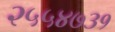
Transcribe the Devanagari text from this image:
२५५४७३१